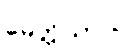
မေတ္တိယာယ